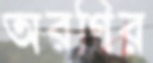
অরণির